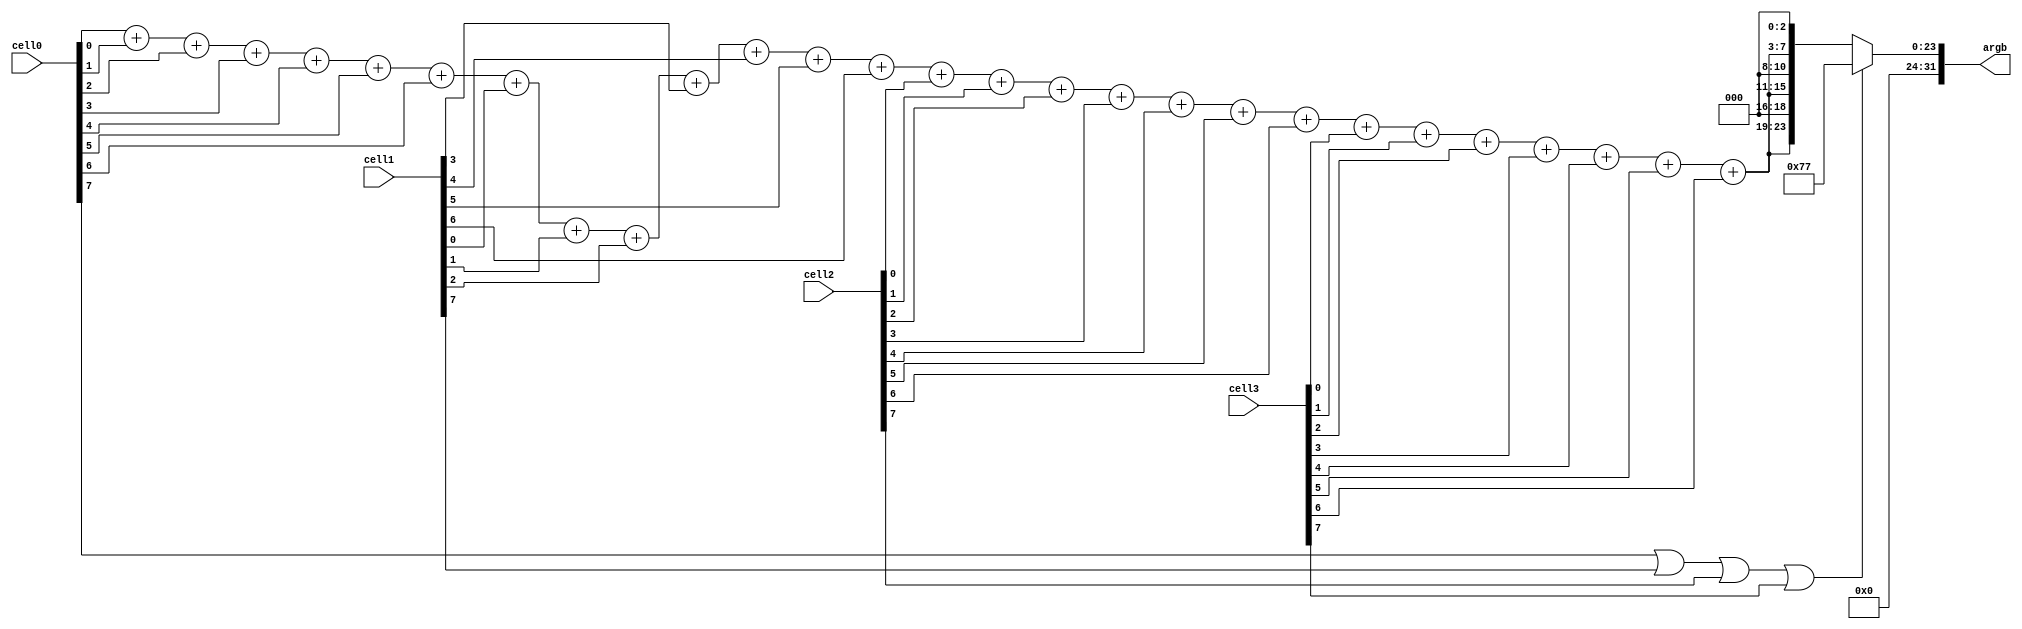
/*
 * lattice gas autmaton drawing module
 */
module ldrw
  (
   input [7:0] 	 cell0,
   input [7:0] 	 cell1,
   input [7:0] 	 cell2,
   input [7:0] 	 cell3,
   output [31:0] argb
   );

   wire [7:0] 	 count;
   assign count = ( cell0[0] + cell0[1] + cell0[2] + cell0[3] + cell0[4] + cell0[5] + cell0[6] +
		    cell1[0] + cell1[1] + cell1[2] + cell1[3] + cell1[4] + cell1[5] + cell1[6] +
		    cell2[0] + cell2[1] + cell2[2] + cell2[3] + cell2[4] + cell2[5] + cell2[6] +
		    cell3[0] + cell3[1] + cell3[2] + cell3[3] + cell3[4] + cell3[5] + cell3[6] ) << 3;
   assign argb = ( cell0[7] == 1 ||
		   cell1[7] == 1 ||
		   cell2[7] == 1 ||
		   cell3[7] == 1 ) ?
		 { 8'h0, 8'h0, 8'h0, 8'h77 }:
		 { 8'b0, count, count, count };

endmodule // ldrw